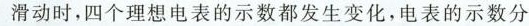
滑动时，四个理想电表的示数都发生变化，电表的示数分